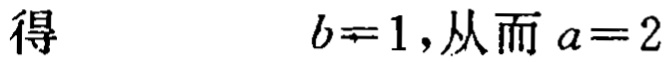
得\(b = 1\)，从而\(a = 2\)